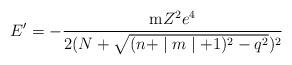
LaTeX: \begin{align*}E^{\prime }=-\frac{{\rm m}Z^2e^4}{2(N+\sqrt{(n+\mid m\mid+1)^2-q^2})^2}\end{align*}